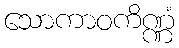
သောကာဝကိဏ္ဏံ